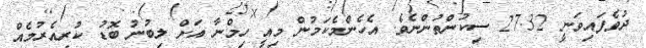
ދުވެފައިވަނީ 27.32 ސިކުންތުންނެވެ. އެހެންމެކަމުން މިއީ ހިމްނާ އަށް ލިބުނު ބޮޑު ކުރިއެރުމެއް